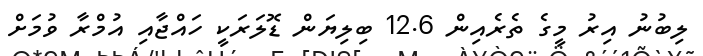
ލިބުނު އިރު މީގެ ތެރެއިން 12.6 ބިލިޔަން ޑޮލަރަކީ ހައްޖާއި އުމްރާ ވުމަށް